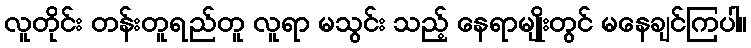
လူတိုင်း တန်းတူရည်တူ လူရာ မသွင်း သည့် နေရာမျိုးတွင် မနေချင်ကြပါ။